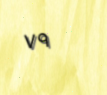
٧٩